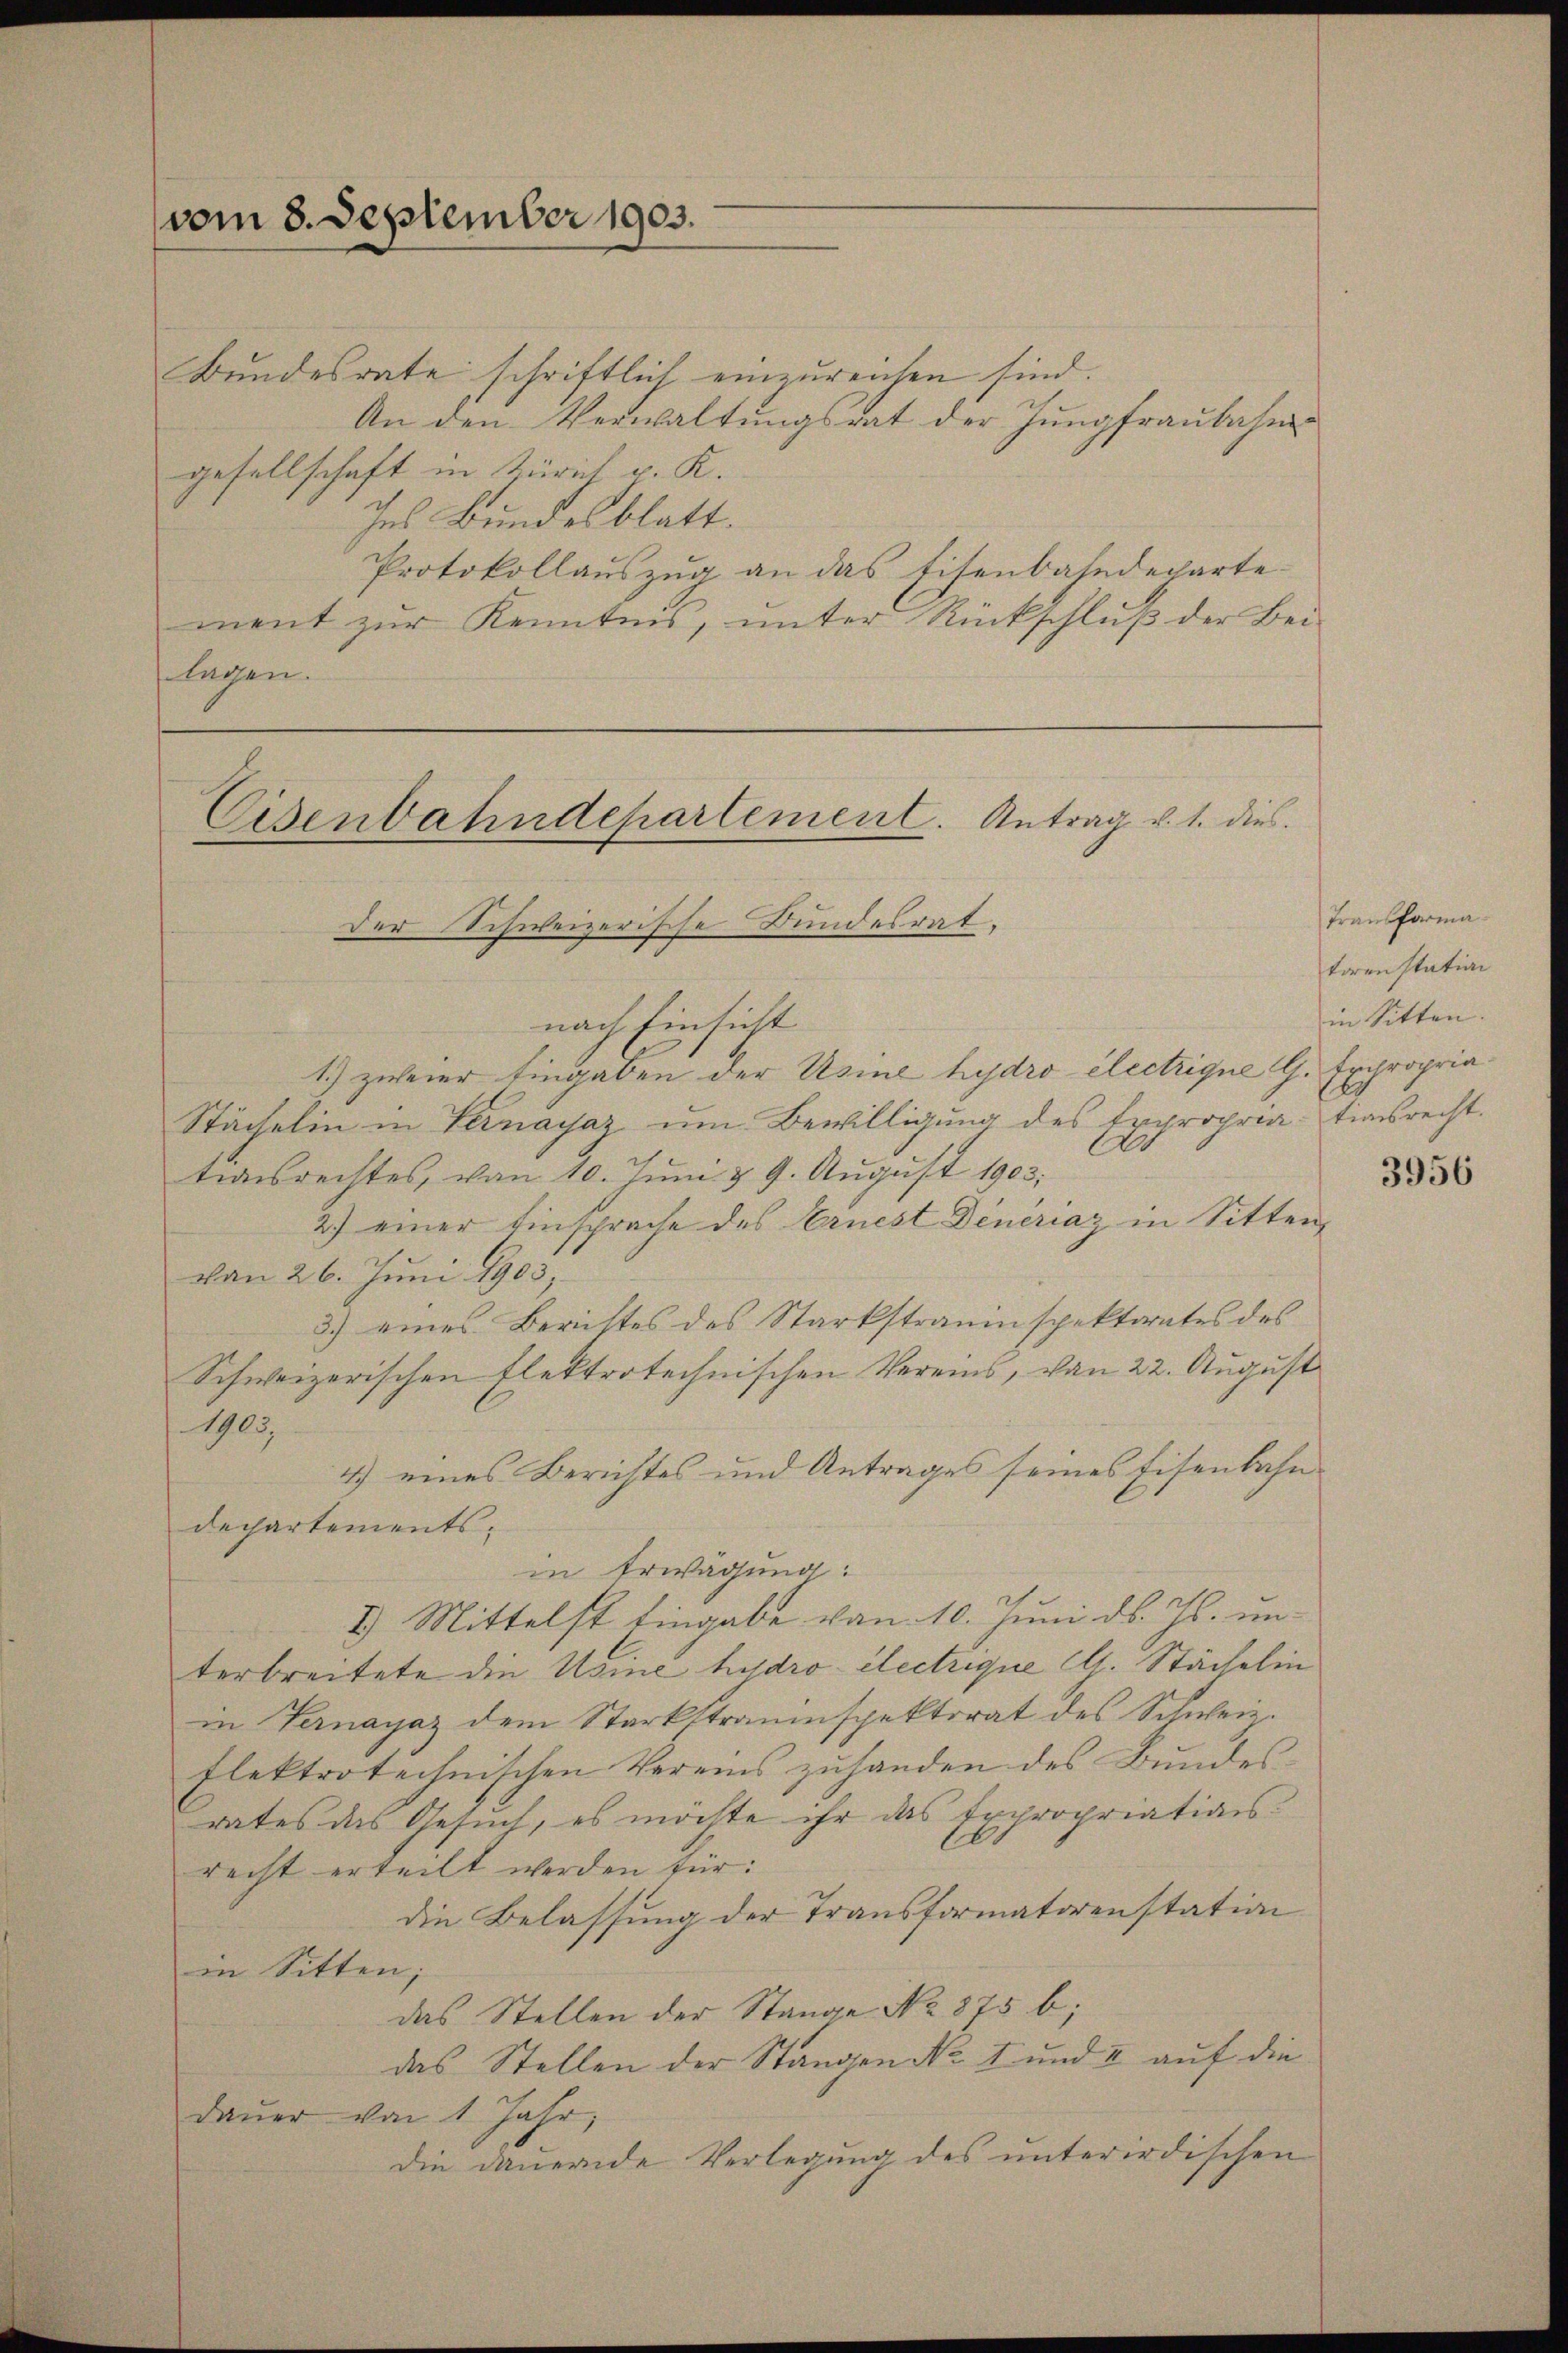
vom 8. September 1903.

Bundesrate schriftlich einzureichen sind.
An den Verwaltungsrat der Jungfraubahngesellschaft in Zürich v. K.
Ins Bundesblatt.
Protokollauszug an das Eisenbahndepartement zur Kenntnis, unter Rückschluß der Bei-
lagen.

Eisenbahndepartement. Antrag v. 1. dies
der Schweizerische Bundesrat.

nach Einsicht
1.) zweier Eingaben der Usine hydro electrique G. Expropria¬
Stächelin in Vernayaz um Bewilligung des Expropriationsrecht.
tionsrechtes, von 10. Jŭni & 9. Aŭgŭst 1903.
2) einer Einsprache des Ernest Deneriaz in Sitten,
von 26. Juni 1905,
3) eines Berichtes des Starkstrauinspektorates des
Schweizerischen Elektrotechnischen Vereins, von 22. August
1905.
4) eines Berichtes und Antrages seines Eisenbahndechartementsin Erwägung:
2.) Mittelst Eingabe von 10. Juni d. Js. un-
terbreitete die Usine hisdro electrique CG. Stächtlin
in Vernayaz dem Starkstrauinspektorat des Schweiz.
flektrotechnischen Vereins zuhanden des Bundes
rates das Gesuch, es möchte ihr das Expropriationsrecht erteilt werden für:
die Belassung der Transformatorenstation
in Sitten;
das Stellen der Stande No. 875 b;
das Stellen der Stangen No. 1 und I auf die
daŭer von 1 Jahr,
Die dauernde Verlegung des unterirdischen

Transforma
torenstation
in Sitten

3956